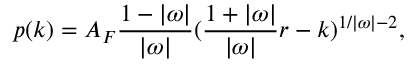
p ( k ) = A _ { F } \frac { 1 - | \omega | } { | \omega | } ( \frac { 1 + | \omega | } { | \omega | } r - k ) ^ { 1 / | \omega | - 2 } ,